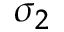
\sigma _ { 2 }